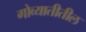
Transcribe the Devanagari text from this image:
गोव्यातीतील